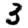
Digit: 3